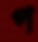
প